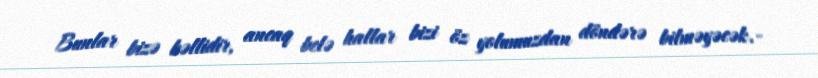
Bunlar bizə bəllidir, ancaq belə hallar bizi öz yolumuzdan döndərə bilməyəcək.-